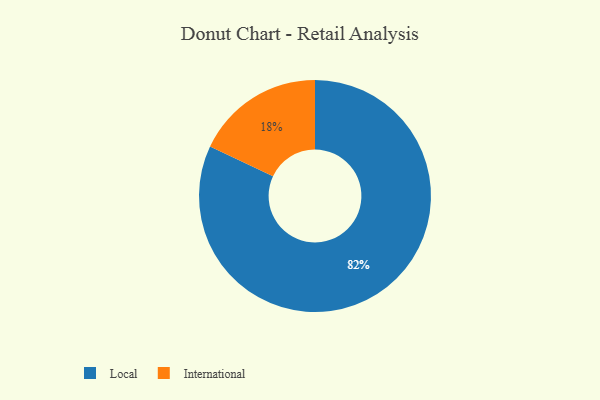
{"axis": {"x": "Category", "y": "Percentage"}, "legend": ["International", "Local"], "data": [{"x": "International", "y": 18, "type": "International"}, {"x": "Local", "y": 82, "type": "Local"}]}